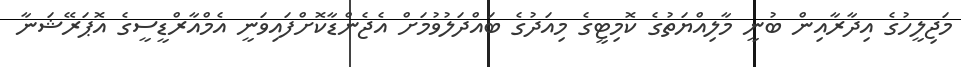
މަޖިލީހުގެ އިދާރާއިން ބުނީ މާލިއްޔަތުގެ ކޮމިޓީގެ މިއަދުގެ ބައްދަލުވުމަށް އެޖެންޑާކޮށްފައިވަނީ އެމްއާރްޑީސީގެ އޮޕަރޭޝަނާ